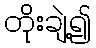
တိုးချဲ့၍